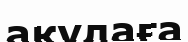
акулаға